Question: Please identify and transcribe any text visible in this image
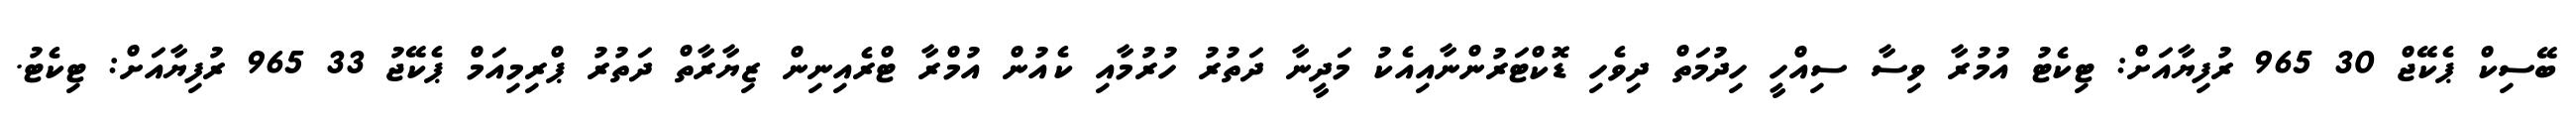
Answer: ބޭސިކް ޕެކޭޖް 30 965 ރުފިޔާއަށް: ޓިކެޓު އުމުރާ ވިސާ ސިއްހީ ހިދުމަތް ދިވެހި ޑޮކްޓަރުންނާއިއެކު މަދީނާ ދަތުރު ހުރުމާއި ކެއުން އުމްރާ ޓްރެއިނިން ޒިޔާރާތް ދަތުރު ޕްރިމިއަމް ޕެކޭޖު 33 965 ރުފިޔާއަށް: ޓިކެޓު.